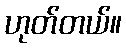
ဟုတ်တယ်။